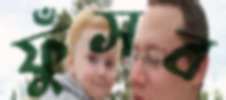
ফুঁসব